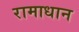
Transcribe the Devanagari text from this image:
रामाधान